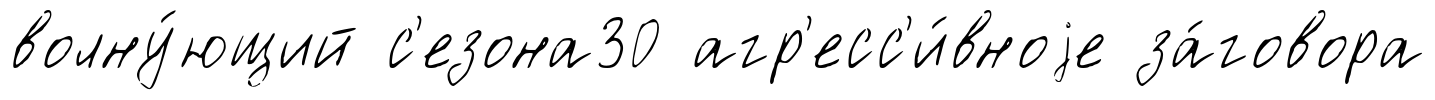
волну́ющий с'езона30 агр'есс'и́вноjе за́говора